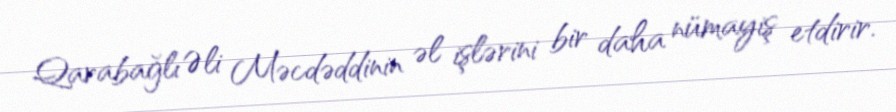
Qarabağlı Əli Məcdəddinin əl işlərini bir daha nümayiş etdirir.